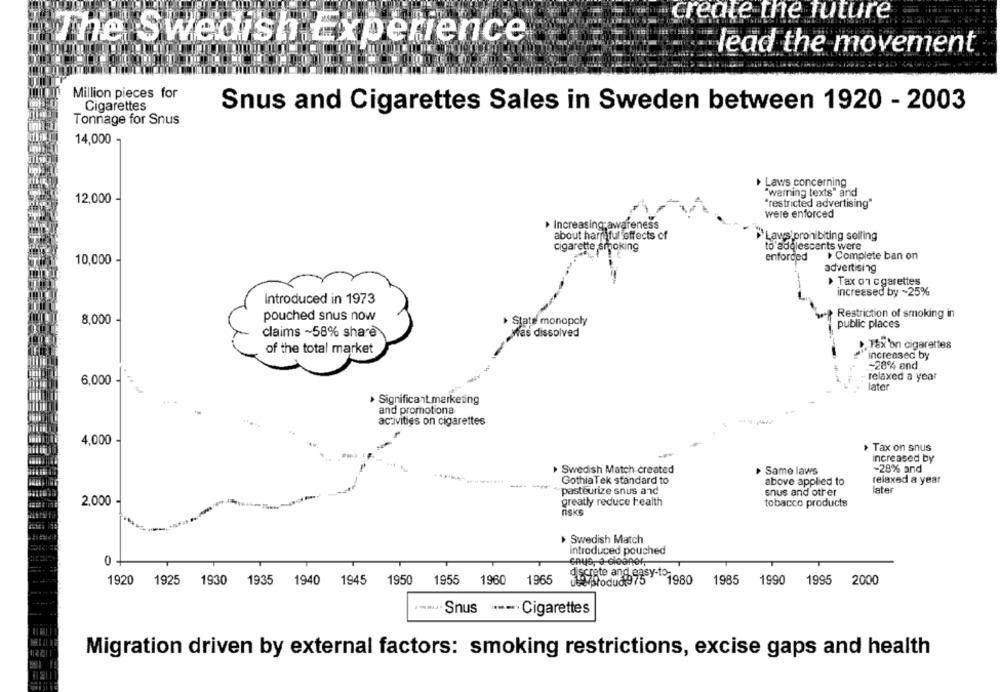
create the future
The Swedish Experience
lead the movement
Million pieces for
Cigarettes
Snus and Cigarettes Sales in Sweden between 1920 - 2003
Tonnage for Snus
14,000
Laws concerning
"warning texts" and
12,000
"restricted advertising"
were enforced
> Increasing;awareness
about harmful effects of
`Laws prohibiting selling
cigarette smoking
to adolescents were
enforced
Complete ban on
10,000
advertising
> Tax on cgarettes
increased by ~25%
Introduced in 1973
pouched snus now
Restriction of smoking in
8,000
State monopoly
public places
claims ~58% share
was dissolved
TEx on cigarettes
of the total market
increased by
-28% and
6,000
relaxed a year
later
Significant marketing
and promotiona
activities on cigarettes
--
4,000
Tax on snus
increased by
Swedish Match created
Same laws
-28% and
---
GothiaTek standard to
above applied to
relaxed a year
pasteurize snus anc
later
snus and other
2,000
greatly reduce health
tobacco products
risks
Swedish Match
introduced pouched
0
discrete and easy-to-
1920 1925 1930 1935 1940 1945 1950
1955
1960
1965
use product975
1985
1990
1995 2000
· Snus
Cigarettes
Migration driven by external factors: smoking restrictions, excise gaps and health